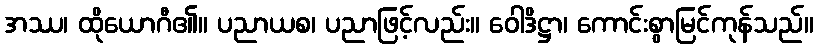
အဿ၊ ထိုယောဂီ၏။ ပညာယစ၊ ပညာဖြင့်လည်း။ ဝေါဒိဋ္ဌာ၊ ကောင်းစွာမြင်ကုန်သည်။